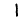
Digit: 1